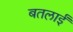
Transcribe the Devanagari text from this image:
बतलाईं